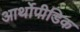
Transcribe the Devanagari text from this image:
आर्थोपीडिक